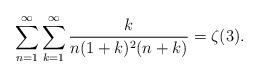
LaTeX: \begin{align*}\sum_{n=1}^\infty\sum_{k=1}^\infty\frac{k}{n(1+k)^2(n+k)}=\zeta(3).\end{align*}